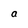
Character: a